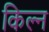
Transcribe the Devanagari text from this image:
किल्न